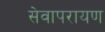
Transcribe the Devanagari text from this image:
सेवापरायण